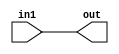
module top (in1,out);
input   in1;
output  out;

buf(out, in1);
endmodule